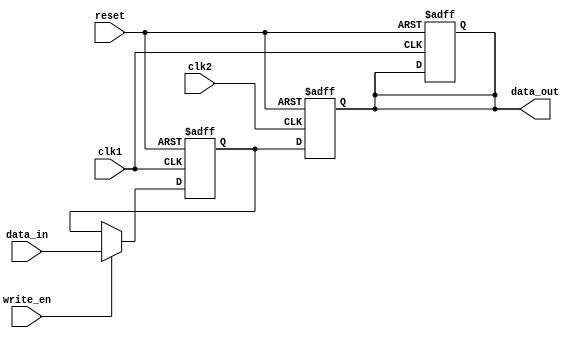
module dual_port_bypass_register (
    input wire clk1, // Clock signal for the first clock domain
    input wire clk2, // Clock signal for the second clock domain
    input wire reset, // Reset signal
    input wire write_en, // Write enable signal
    input wire [31:0] data_in, // Data input
    output reg [31:0] data_out // Data output
);

reg [31:0] reg_data; // The register data
reg [31:0] sync_data; // Synchronized data between clock domains

// Timing control logic for synchronization
always @(posedge clk1 or posedge reset) begin
    if (reset) begin
        // Reset the register and synchronized data
        reg_data <= 32'h0;
        sync_data <= 32'h0;
    end else if (write_en) begin
        // Write data to the register
        reg_data <= data_in;
    end
end

// Synchronization logic for data transfer between clock domains
always @(posedge clk2 or posedge reset) begin
    if (reset) begin
        // Reset the synchronized data
        sync_data <= 32'h0;
    end else begin
        // Synchronize data from the first clock domain to the second clock domain
        sync_data <= reg_data;
    end
end

// Bypass logic for fast mode transfers without clock domain crossing
always @(*) begin
    // Output the synchronized data for fast mode transfers
    data_out = sync_data;
end

endmodule